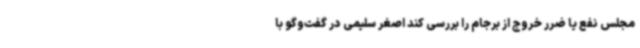
مجلس نفع یا ضرر خروج از برجام را بررسی کند اصغر سلیمی در گفت‌وگو با